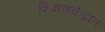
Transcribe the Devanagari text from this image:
शिक्षणकेंद्रात